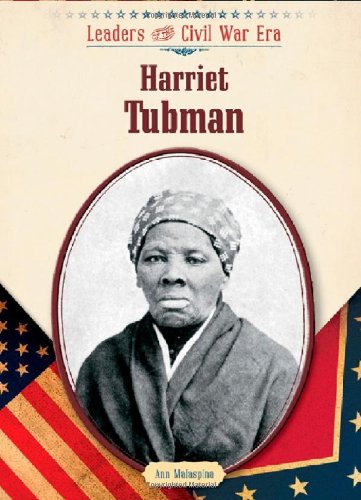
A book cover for Harriet Tubman (Leaders of the Civil War Era); Ann Malaspina; Teen & Young Adult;